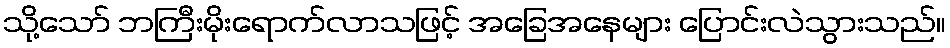
သို့သော် ဘကြီးမိုးရောက်လာသဖြင့် အခြေအနေများ ပြောင်းလဲသွားသည်။